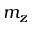
m _ { z }